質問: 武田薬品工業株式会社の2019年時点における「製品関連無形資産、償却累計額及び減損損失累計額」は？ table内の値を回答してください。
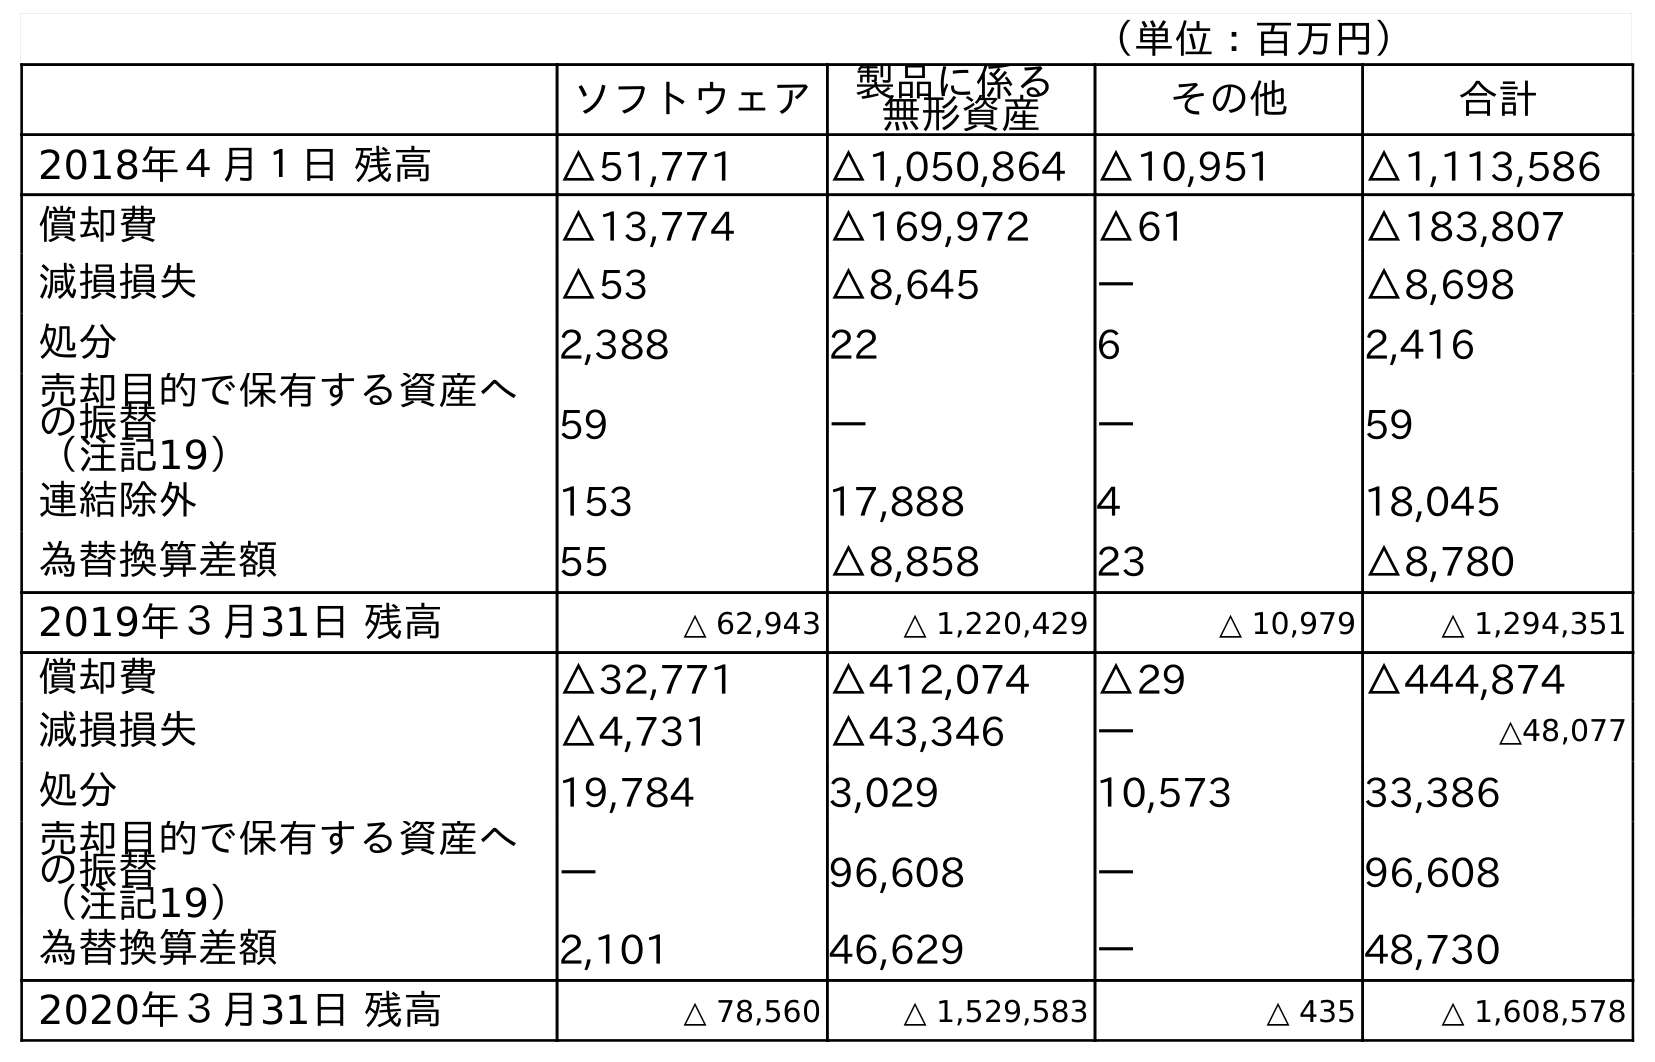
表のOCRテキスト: （単位：百万円） ソフトウェア 製品に係る 無形資産 その他 合計 2018年４月１日 残高 △51,771 △1,050,864 △10,951 △1,113,586 償却費 △13,774 △169,972 △61 △183,807 減損損失 △53 △8,645 ― △8,698 処分 2,388 22 6 2,416 売却目的で保有する資産へ の振替 （注記19） 59 ― ― 59 連結除外 153 17,888 4 18,045 為替換算差額 55 △8,858 23 △8,780 2019年３月31日 残高 △ 62,943 △ 1,220,429 △ 10,979 △ 1,294,351 償却費 △32,771 △412,074 △29 △444,874 減損損失 △4,731 △43,346 ― △48,077 処分 19,784 3,029 10,573 33,386 売却目的で保有する資産へ の振替 （注記19） ― 96,608 ― 96,608 為替換算差額 2,101 46,629 ― 48,730 2020年３月31日 残高 △ 78,560 △ 1,529,583 △ 435 △ 1,608,578
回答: △1,220,429